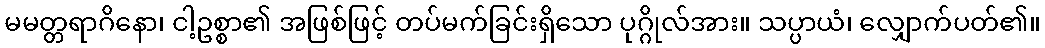
မမတ္တရာဂိနော၊ ငါ့ဥစ္စာ၏ အဖြစ်ဖြင့် တပ်မက်ခြင်းရှိသော ပုဂ္ဂိုလ်အား။ သပ္ပာယံ၊ လျှောက်ပတ်၏။